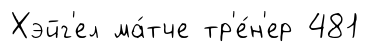
Хэйг'ел ма́тче тр'е́н'ер 481